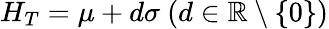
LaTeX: H_{T}=\mu+d\sigma~(d\in\mathbb{R}\setminus\{ 0\} )